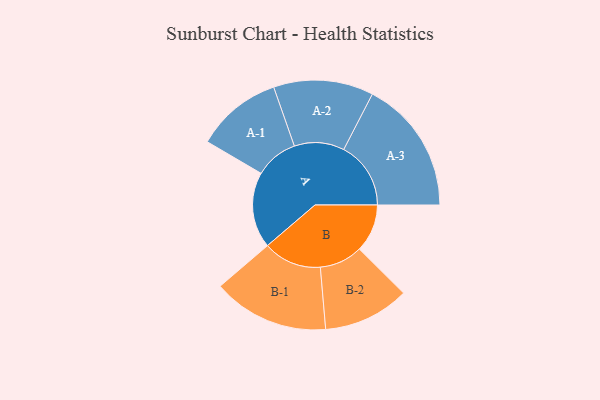
{"axis": {"x": "Segment", "y": "Value"}, "legend": ["", "A", "B"], "data": [{"x": "A", "y": 266, "type": ""}, {"x": "B", "y": 168, "type": ""}, {"x": "A-1", "y": 151, "type": "A"}, {"x": "A-2", "y": 175, "type": "A"}, {"x": "A-3", "y": 235, "type": "A"}, {"x": "B-1", "y": 204, "type": "B"}, {"x": "B-2", "y": 151, "type": "B"}]}